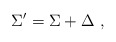
\begin{align*}\Sigma^{\prime} = \Sigma + \Delta \ ,\end{align*}